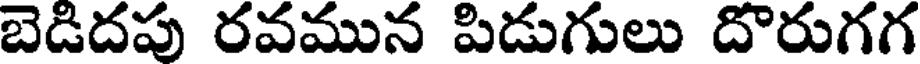
బెడిదపు రవమున పిడుగులు దొరుగగ